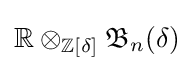
\mathbb {R} \otimes _{\mathbb {Z} [\delta ]}{\mathfrak {B}}_{n}(\delta )